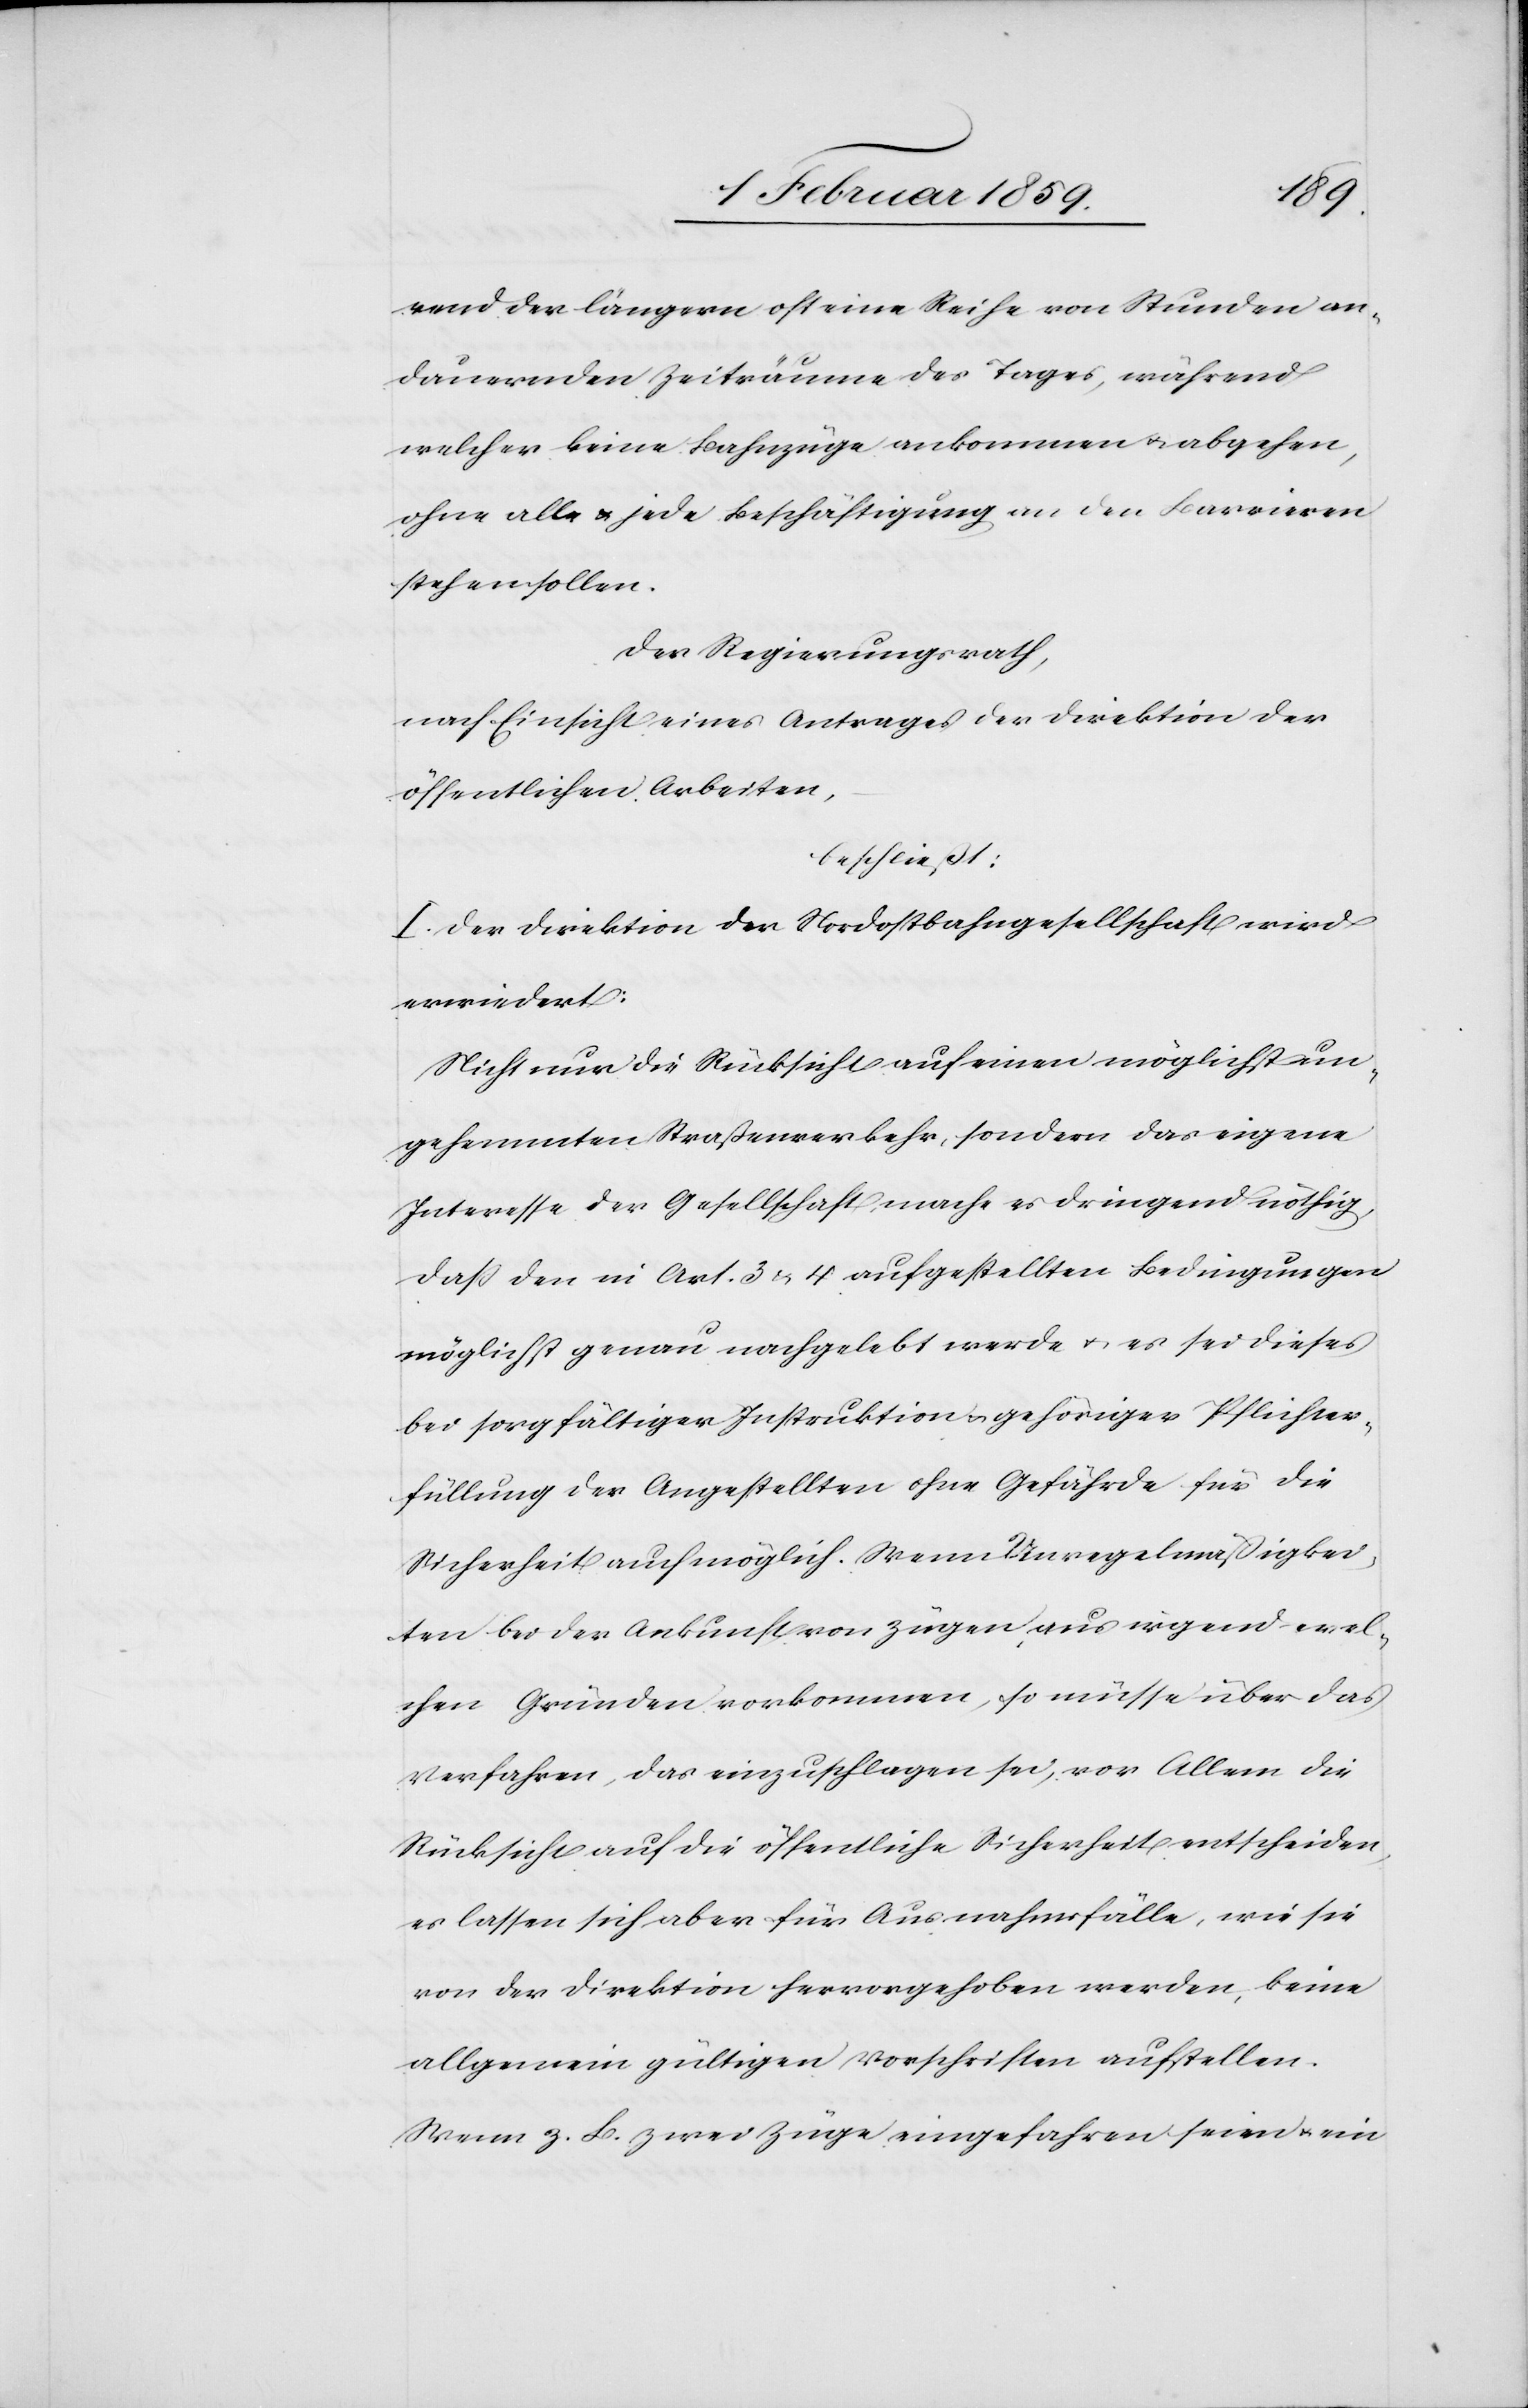
rend der längern oft eine Reihe von Stunden an¬
dauernden Zeiträume des Tages, während
welcher keine Bahnzüge ankommen u. abgehen,
ohne alle u. jede Beschäftigung an den Barrieren
stehen sollen.
Der Regierungsrath,
nach Einsicht eines Antrages der Direktion der
öffentlichen Arbeiten,
beschließt:
I. Der Direktion der Nordostbahngesellschaft wird
erwiedert:
Nicht nur die Rücksicht auf einen möglichst un¬
gehemmten Straßenverkehr, sondern das eigene
Interesse der Gesellschaft, mache es dringend nöthig,
daß den in Art. 3 & 4 aufgestellten Bedingungen
möglichst genau nachgelebt werde u. es sei dieses
bei sorgfältiger Instruktion u. gehöriger Pflichter¬
füllung der Angestellten ohne Gefährde für die
Sicherheit auch möglich. Wenn Unregelmäßigkei¬
ten bei der Ankunft von Zügen aus irgend wel¬
chen Gründen vorkommen, so müsse über das
Verfahren, das einzuschlagen sei, vor Allem die
Rücksicht auf die öffentliche Sicherheit entscheiden,
es lassen sich aber für Ausnahmefälle, wie sie
von der Direktion hervorgehoben werden, keine
allgemein gültigen Vorschriften aufstellen.
Wenn z.B. zwei Züge eingefahren seien u. ein